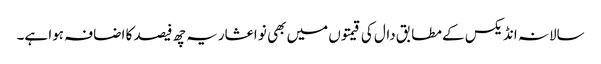
سالانہ انڈیکس کے مطابق دال کی قیمتوں میں بھی نو اعشاریہ چھ فیصد کا اضافہ ہوا ہے۔